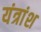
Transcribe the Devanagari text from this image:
यंत्रांश